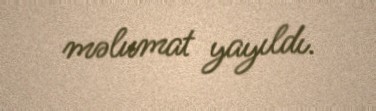
məlumat yayıldı.